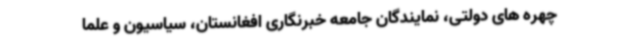
چهره های دولتی، نمایندگان جامعه خبرنگاری افغانستان، سیاسیون و علما